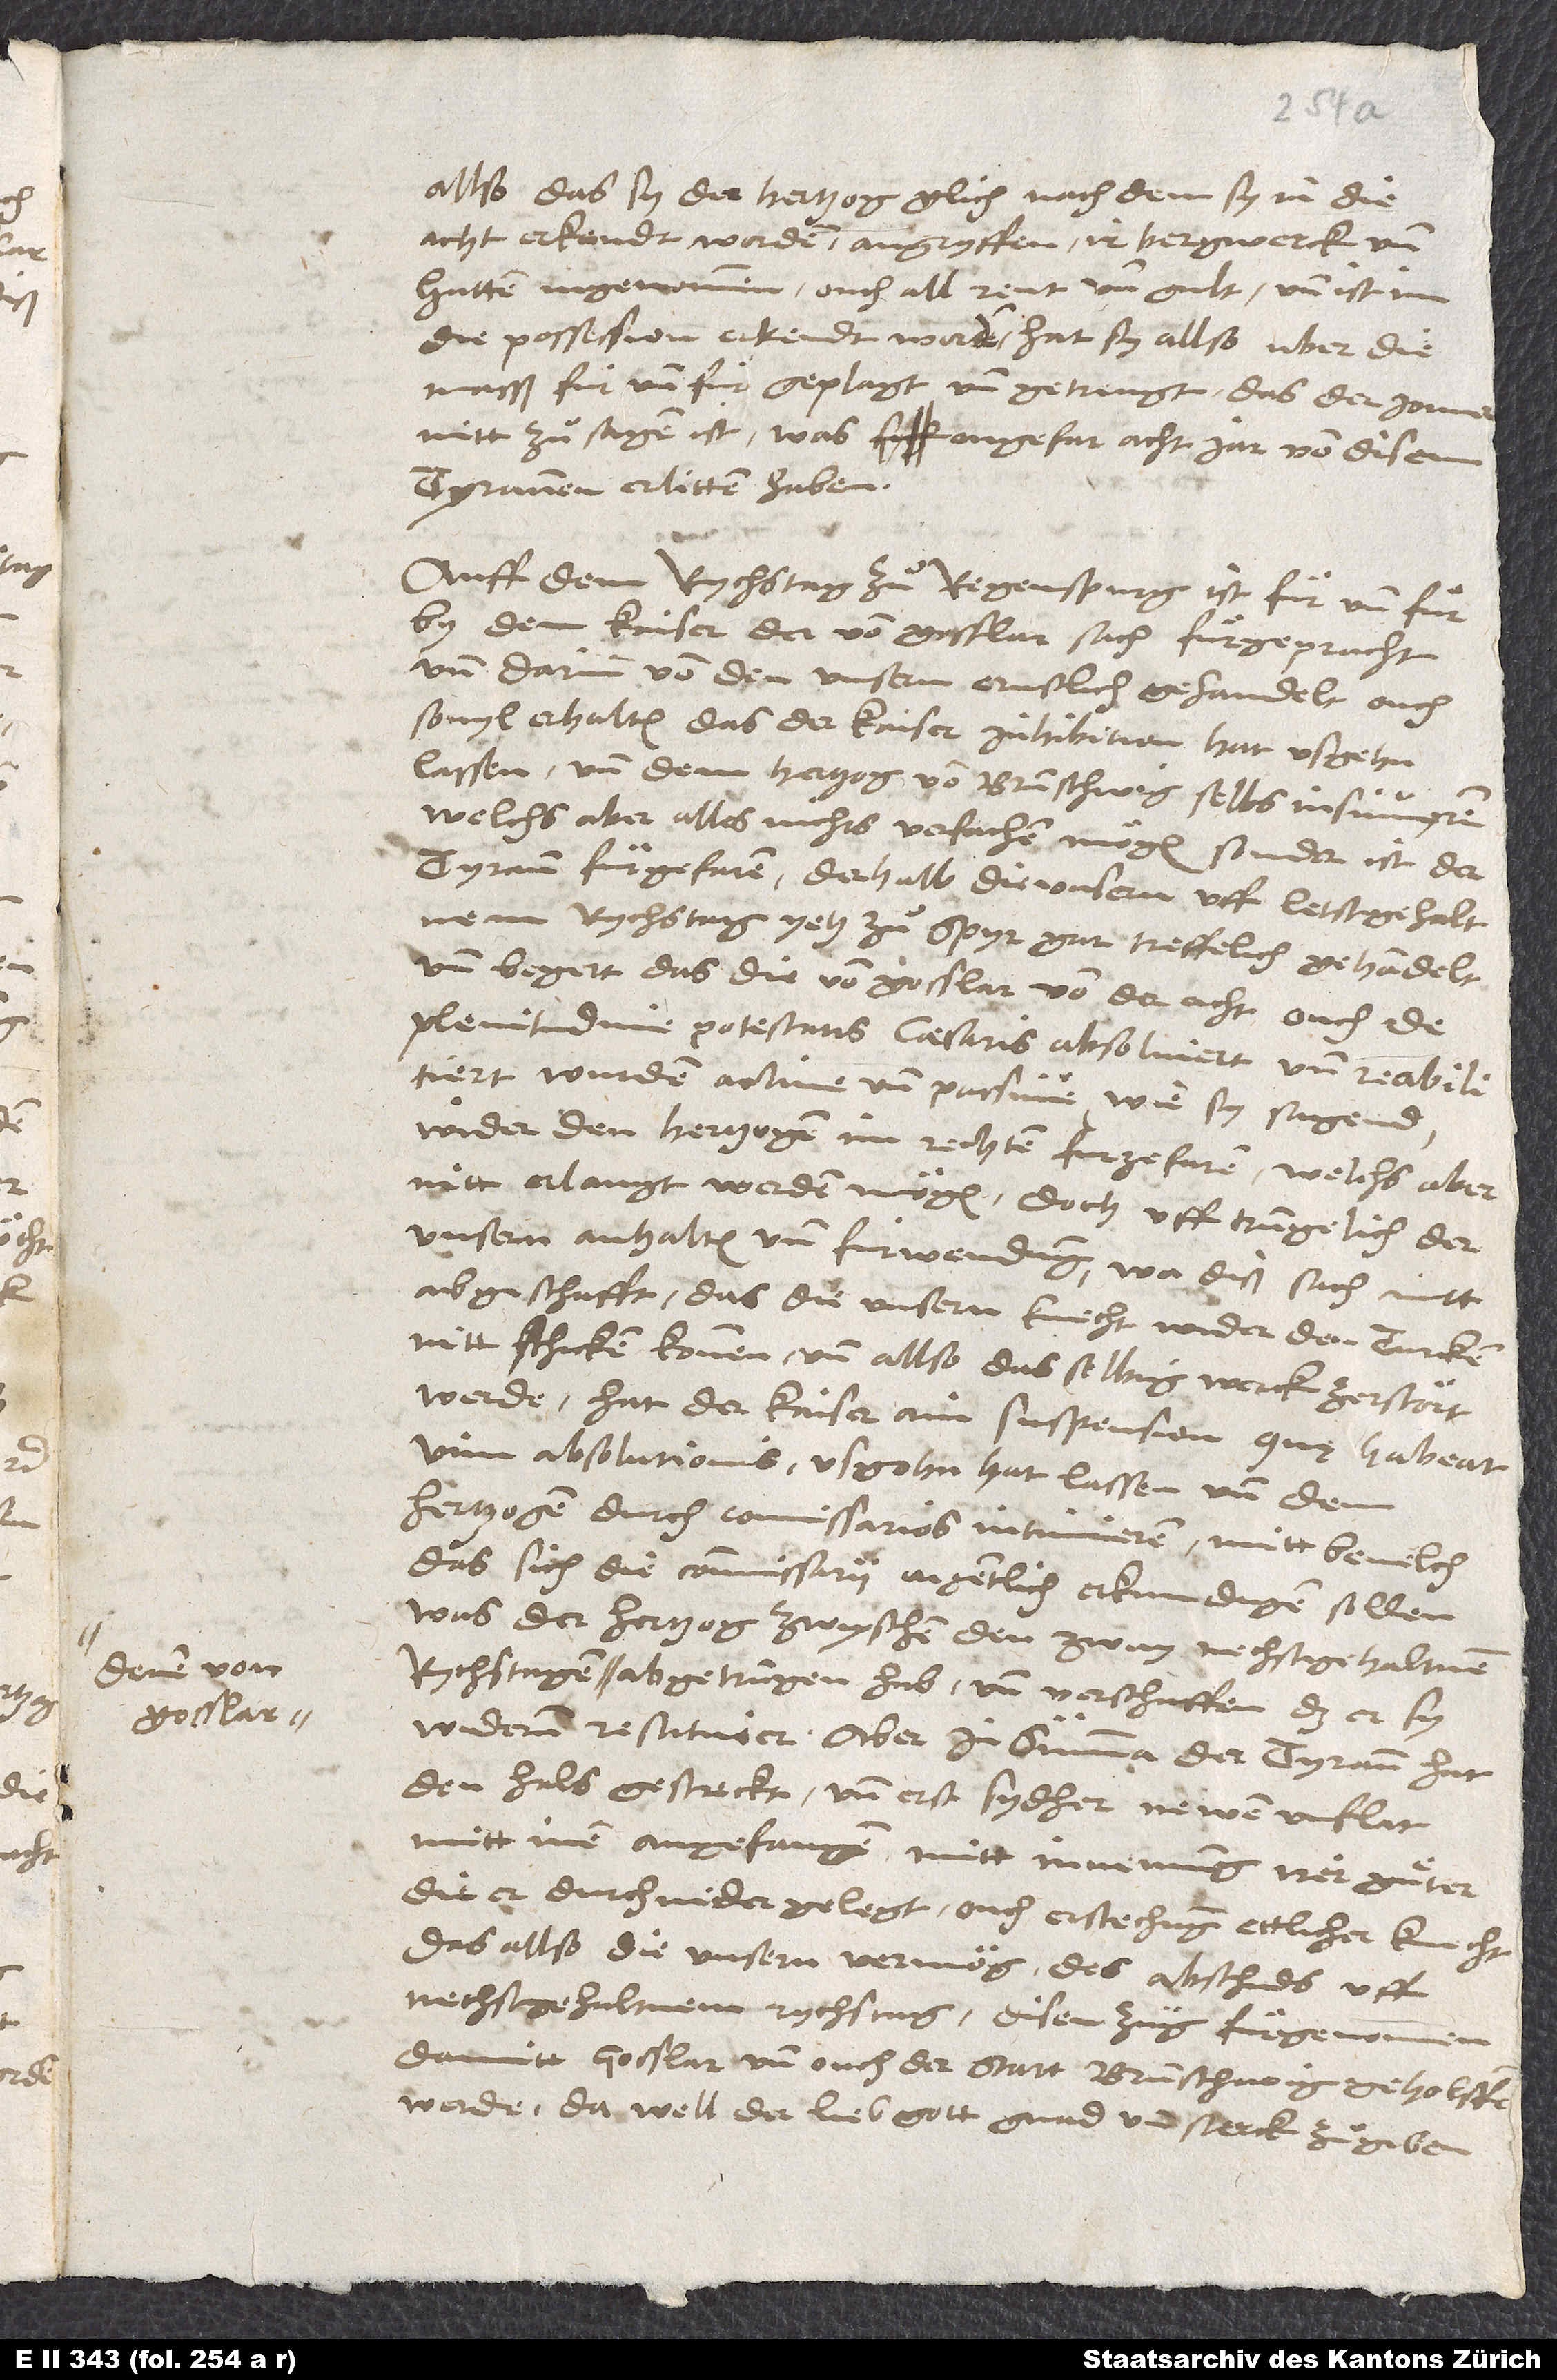
denen von

allso das sy der hertzog, glich nachdem sy in die
acht erkendt worden, angryffen, ir bergwerck und
hutten ingenommen, ouch all rent und gult, und ist im
die possession erkendt worden; hat sy allso uber die
masß für und für geplagt und getrengt, das der jamer
nitt zuͦ sagen ist, was sy ongefar acht jar von disem
tyrannen erlitten haben.
Auff dem rychstag zuͦ Regenspurg ist für und für
by dem kaiser der von Gosslar sach fürgepracht
und darinn von den unsern ernstlich gehandelt, ouch
so vyl erhalten, das der kaiser inhibition hat usgehn
lassen und dem hertzog von Brunschwig selbs insinuieren,
welchs aber alles nichts verfachen mögen; sonder ist der
tyrann fürgefaren. Derhalb die unsern uff letstgehaltnem
rychstag yetz zuͦ Spyr gar treffelich gehandelt
und begert, das die von Gosslar von der acht ouch de
plenitudine potestatis caesaris absolviert und reabilitiert
wurden, active und passive, wie sy sagend,
wider den hertzogen im rechten furzefaren, welchs aber
nitt erlangt werden mögen. Doch uff trungenlich der
unsern anhalten und fürwendung, wa diß sach nitt
abgeschafft, das die unsern knecht wider den Turcken
nitt schicken konnen und allso dasselbig werck zerstört
werde, hat der kaiser ain suspension, quę habeat
vim absolutionis, usgohn hat lassen und dem
hertzogen durch commissarios intimieren mitt bevelch,
das sich die commissarii aigentlich erkundigen sollen,
was der hertzog zwyschen den zway nechstgehaltnen
abgetrungen hab, und verschaffen, das er sy
widerum restituier. Aber in summa: Der tyrann hat
den hals gestreckt und erst sydher newen unflat
mitt inen angefangen mitt innemung irer güter,
die er durchnidergelegt, ouch erstechung ettlicher knecht,
das allso die unsern vermög des abschieds uff
nechstgehaltnem rychstag disen zug fürgenomen,
damitt Gosslar und ouch der statt Brunschwig geholffen
Da well der lieb gott gnad und sterck zuͦ geben.